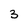
Character: 3